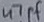
Text: 47pF